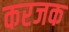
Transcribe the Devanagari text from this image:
करजक